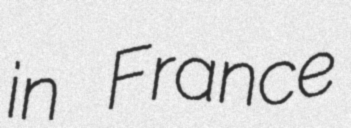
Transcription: in France